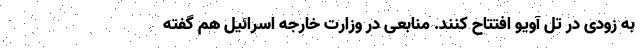
به زودی در تل آویو افتتاح کنند. منابعی در وزارت خارجه اسرائیل هم گفته